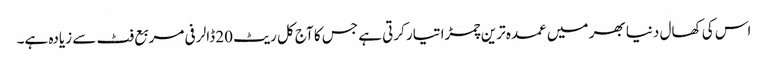
اس کی کھال دنیا بھر میں عمدہ ترین چمڑا تیار کرتی ہے جس کا آج کل ریٹ 20 ڈالر فی مربع فٹ سے زیادہ ہے۔